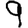
Digit: 9